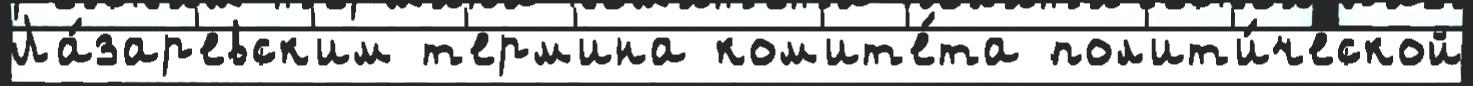
Ла́зар'евск'им т'ерм'ина ком'ит'е́та пол'ит'и́ческой